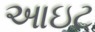
આઇટ